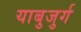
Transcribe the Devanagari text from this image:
याबुजुर्ग